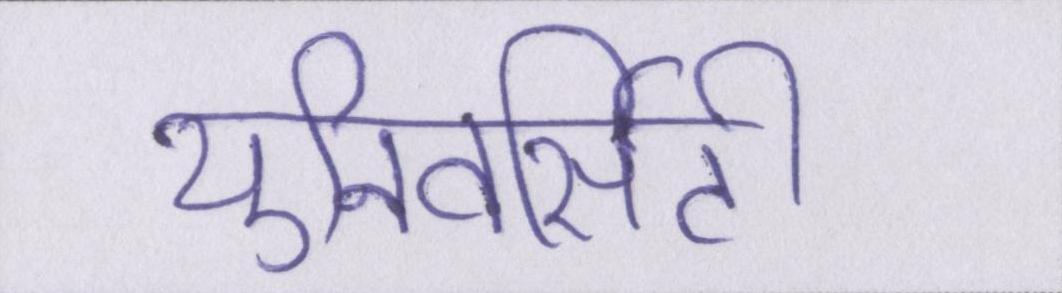
युनिवर्सिटी